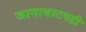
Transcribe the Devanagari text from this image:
जागावाटपही